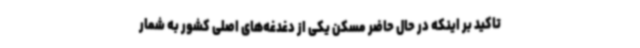
تاکید بر اینکه در حال حاضر مسکن یکی از دغدغه‌های اصلی کشور به شمار